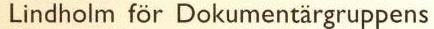
Lindholm för Dokumentärgruppens